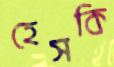
হেসকি